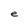
Character: e